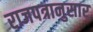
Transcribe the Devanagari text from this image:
राजपत्रानुसार